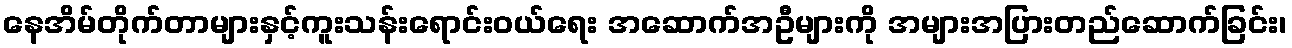
နေအိမ်တိုက်တာများနှင့်ကူးသန်းရောင်းဝယ်ရေး အဆောက်အဦများကို အများအပြားတည်ဆောက်ခြင်း၊